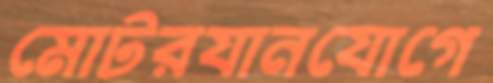
মোটরযানযোগে